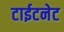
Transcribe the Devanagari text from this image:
टाईटनेट